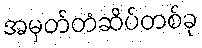
အမှတ်တံဆိပ်တစ်ခု